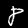
Digit: 8